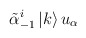
\begin{align*}\tilde{\alpha}_{-1}^i \left|k\right> u_\alpha\end{align*}